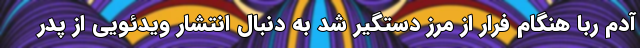
آدم ربا هنگام فرار از مرز دستگیر شد به دنبال انتشار ویدئویی از پدر